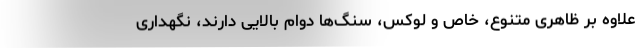
علاوه بر ظاهری متنوع، خاص و لوکس، سنگ‌ها دوام بالایی دارند، نگهداری